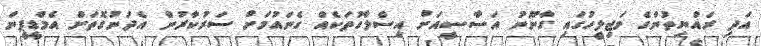
އަދި ރައްޔިތުންގެ މަޖިލީހުގައި ގާނޫނު އަސާސީއަށް އިސްލާހުތަކެއް ގެނައުމަށް ސަރުކާރުން އެދުނުގޮތަށް އެމްޑީޕީން